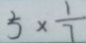
5 \times \frac { 1 } { 7 }